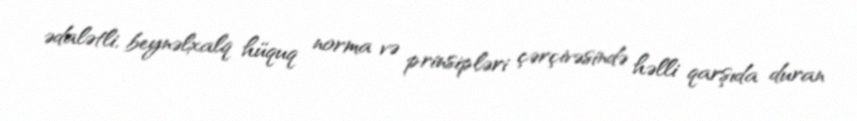
ədalətli, beynəlxalq hüquq norma və prinsipləri çərçivəsində həlli qarşıda duran